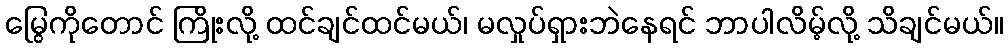
မြွေကိုတောင် ကြိုးလို့ ထင်ချင်ထင်မယ်၊ မလှုပ်ရှားဘဲနေရင် ဘာပါလိမ့်လို့ သိချင်မယ်။